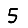
Digit: 5